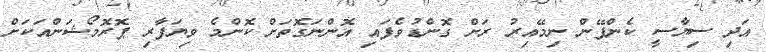
އަދި ސިޔާސީ ކެންޕޭން ނިމޭއިރު ރަށް ގޮންޑުވެފައި އޮންނަގޮތަށް ކޮންމެ ވިޔަފާރި ޕޮރޮމޯޝަންއަކަށް